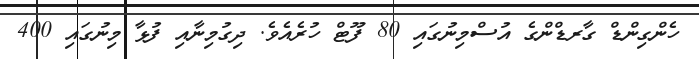
ހެންގިންޑް ގާރޑްންގެ އުސްމިނުގައި 80 ފޫޓް ހުރެއެވެ. ދިގުމިނާއި ފުޅާ މިނުގައި 400